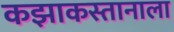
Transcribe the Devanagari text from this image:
कझाकस्तानाला